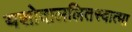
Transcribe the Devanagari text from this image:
यशोदाललितस्वात्मा